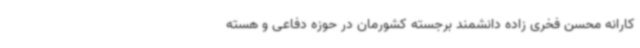
کارانه محسن فخری زاده دانشمند برجسته کشورمان در حوزه دفاعی و هسته